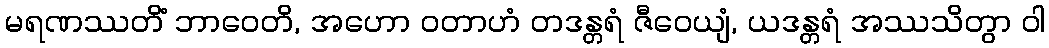
မရဏဿတိံ ဘာဝေတိ, အဟော ဝတာဟံ တဒန္တရံ ဇီဝေယျံ, ယဒန္တရံ အဿသိတွာ ဝါ